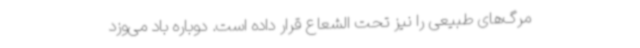
مرگ‌های طبیعی را نیز تحت الشعاع قرار داده‌ است. دوباره باد می‌وزد